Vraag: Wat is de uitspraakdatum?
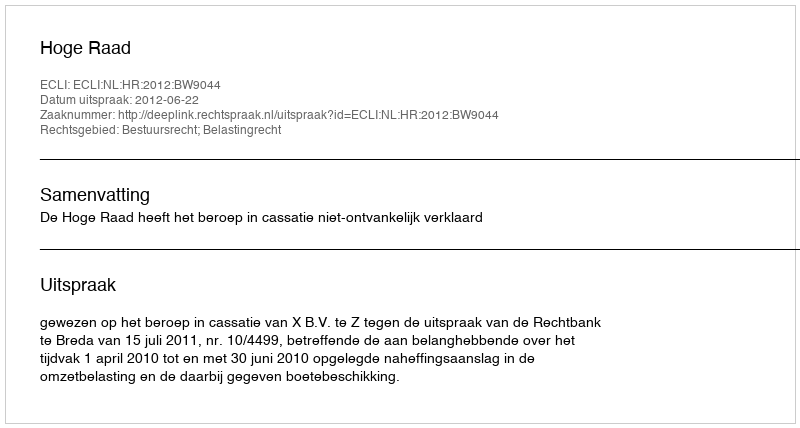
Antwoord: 2012-06-22